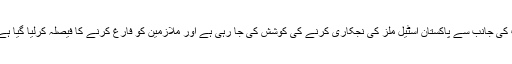
جلسے سے خطاب کرتے ہوئے پاکستان پیپلز پارٹی کے سینیٹر سلیم مانڈی والا نے کہا کہ وفاقی حکومت کی جانب سے پاکستان اسٹیل ملز کی نجکاری کرنے کی کوشش کی جا رہی ہے اور ملازمین کو فارغ کرنے کا فیصلہ کرلیا گیا ہے تاہم غریبوں کی پارٹی پیپلز پارٹی کی اعلیٰ قیادت مزدوروں پر کاری ضرب کو برداشت نہیں کرے گی۔